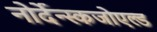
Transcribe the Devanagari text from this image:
नोर्देन्स्कजोएल्ड